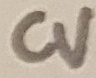
Text: CV